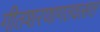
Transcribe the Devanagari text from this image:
गीतशरणागतवत्सल